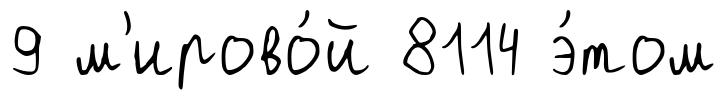
9 м'ирово́й 8114 э́том